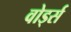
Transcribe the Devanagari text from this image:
वोर्ड्स